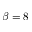
\beta = 8